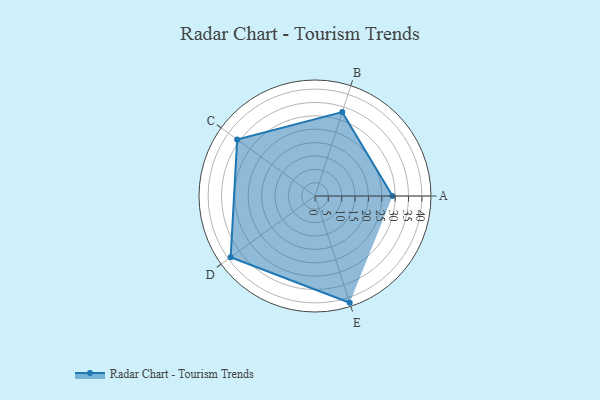
{"axis": {"x": "Skill", "y": "Score"}, "legend": ["Profile"], "data": [{"x": "A", "y": 29.0, "type": "Profile"}, {"x": "B", "y": 33.0, "type": "Profile"}, {"x": "C", "y": 36.0, "type": "Profile"}, {"x": "D", "y": 39.0, "type": "Profile"}, {"x": "E", "y": 42.0, "type": "Profile"}]}